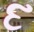
દ